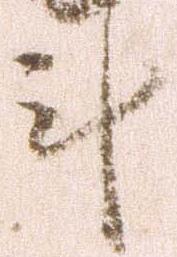
計